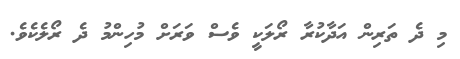
މި ދެ ތަރިން އަދާކުރާ ރޯލަކީ ވެސް ވަރަށް މުހިންމު ދެ ރޯލެކެވެ.